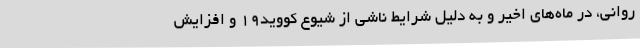
روانی، در ماه‌های اخیر و به دلیل شرایط ناشی از شیوع کووید19 و افزایش